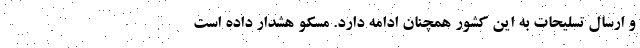
و ارسال تسلیحات به این کشور همچنان ادامه دارد. مسکو هشدار داده است